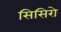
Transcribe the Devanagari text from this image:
सिसिरो